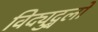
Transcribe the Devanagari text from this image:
विद्युद्बलों